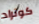
كونراد